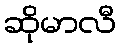
ဆိုမာလီ